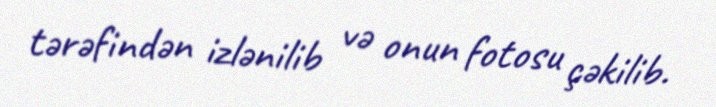
tərəfindən izlənilib və onun fotosu çəkilib.